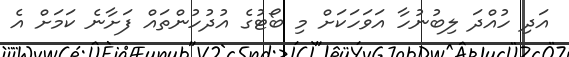
އަދި ހުއްދަ ލިބުނުހާ އަވަހަކަށް މި ބޯޓުގެ އުދުހުންތައް ފަށާނެ ކަމަށް އެ